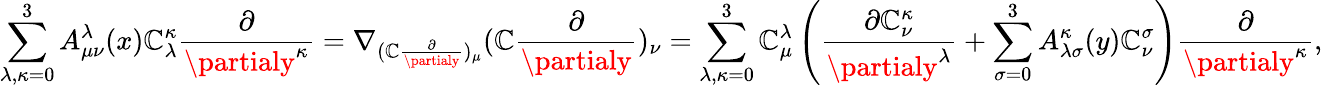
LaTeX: \sum_{\lambda,\kappa=0}^{3}A_{\mu\nu}^{\lambda}(x)\mathbb{C}_{\lambda}^{\kappa}\frac{{\partial}}{{\partialy^{\kappa}}}=\nabla_{(\mathbb{C}\frac{{\partial}}{{\partialy}})_{\mu}}(\mathbb{C}\frac{{\partial}}{{\partialy}})_{\nu}=\sum_{\lambda,\kappa=0}^{3}\mathbb{C}_{\mu}^{\lambda}\left(\frac{{\partial\mathbb{C}_{\nu}^{\kappa}}}{{\partialy^{\lambda}}}+\sum_{\sigma=0}^{3}A_{\lambda\sigma}^{\kappa}(y)\mathbb{C}_{\nu}^{\sigma}\right)\frac{{\partial}}{{\partialy^{\kappa}}},